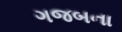
ગજબના